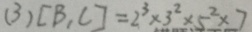
( 3 ) [ B , C ] = 2 ^ { 3 } \times 3 ^ { 2 } \times 5 ^ { 2 } \times 7